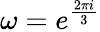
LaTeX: \omega=e^{\frac{2\pi i}{3}}